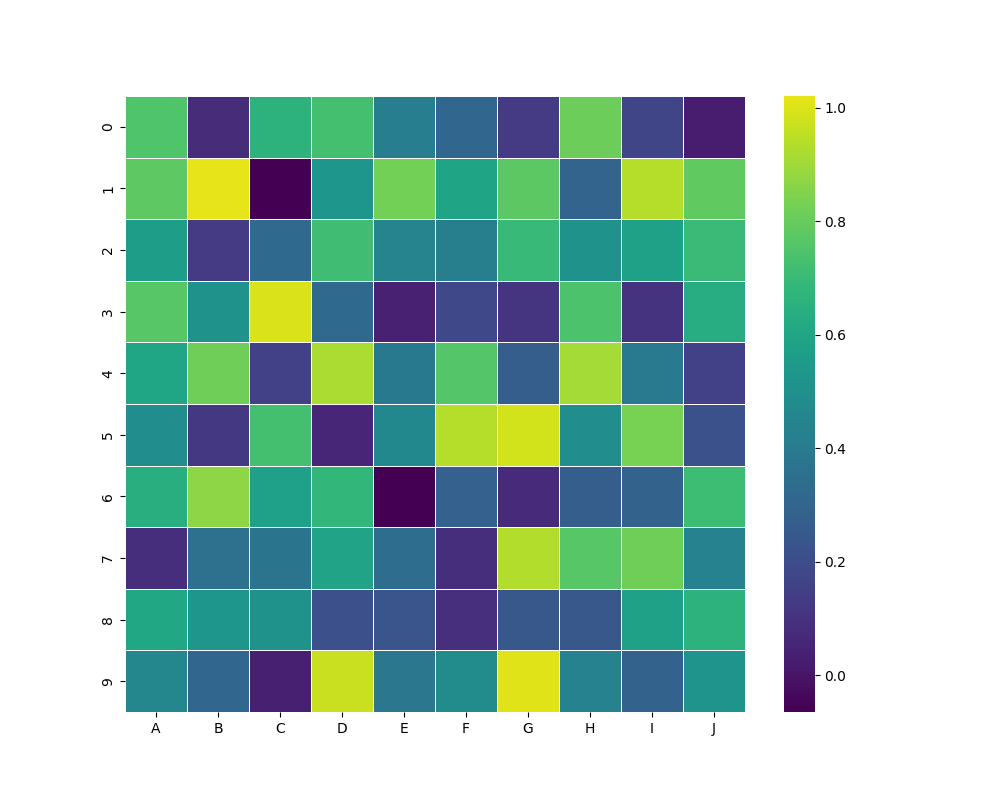
python, seaborn, heatmap, cmap='viridis', linewidths=0.5, center=0.5